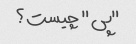
"پی" چیست؟